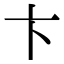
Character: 卞